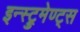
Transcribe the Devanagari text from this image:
इन्स्ट्रुमेण्ट्स